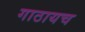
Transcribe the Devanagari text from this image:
गाठायच